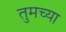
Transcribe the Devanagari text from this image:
तुमच्‍या